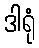
ဒါရုံ